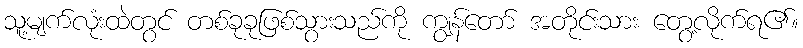
သူ့မျက်လုံးထဲတွင် တစ်ခုခုဖြစ်သွားသည်ကို ကျွန်တော် အတိုင်းသား တွေ့လိုက်ရ၏။